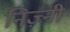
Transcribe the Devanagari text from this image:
निज़्नी